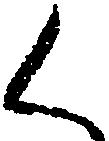
く